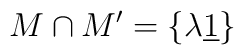
M\cap M^{\prime }=\left\{ \lambda \underline{1}\right\}